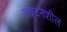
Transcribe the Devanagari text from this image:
संघटनशील